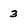
Character: 3